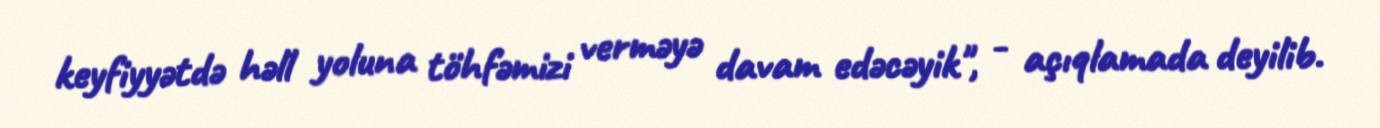
keyfiyyətdə həll yoluna töhfəmizi verməyə davam edəcəyik", - açıqlamada deyilib.